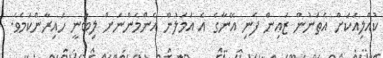
ކުއްލިއަކަށް އެތަނުން ޒައިން ފެނި އޭނާގެ އެ އަމަލުން އެންމެންނަށް ލިބުނީ ހައިރާންކަމެވެ.